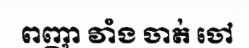
ពញា វាំង ចាត់ ចៅ